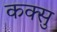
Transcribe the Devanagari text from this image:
कक्सु